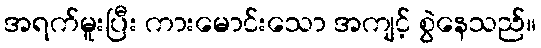
အရက်မူးပြီး ကားမောင်းသော အကျင့် စွဲနေသည်။